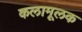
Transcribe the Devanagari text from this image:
कलामूलक